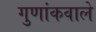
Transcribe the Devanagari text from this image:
गुणांकवाले